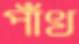
পাঁখ